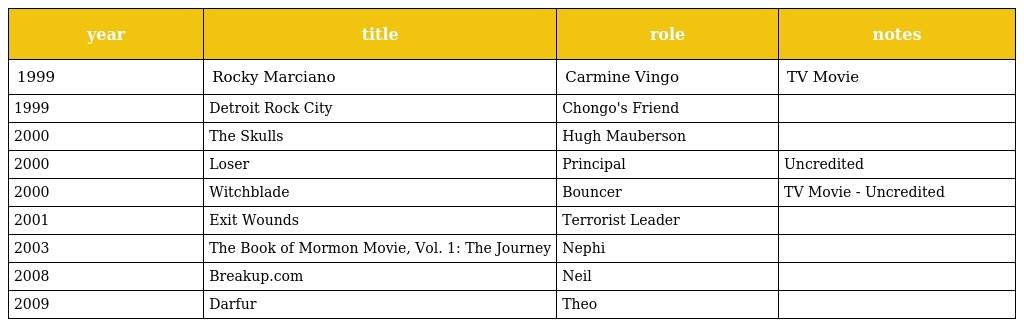
| year | title | role | notes |
 | --- | --- | --- | --- |
 | 1999 | Rocky Marciano | Carmine Vingo | TV Movie |
 | 1999 | Detroit Rock City | Chongo's Friend |  |
 | 2000 | The Skulls | Hugh Mauberson |  |
 | 2000 | Loser | Principal | Uncredited |
 | 2000 | Witchblade | Bouncer | TV Movie - Uncredited |
 | 2001 | Exit Wounds | Terrorist Leader |  |
 | 2003 | The Book of Mormon Movie, Vol. 1: The Journey | Nephi |  |
 | 2008 | Breakup.com | Neil |  |
 | 2009 | Darfur | Theo |  |